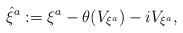
LaTeX: \begin{align*}{\hat{\xi}}^a:=\xi ^a -\theta(V_{\xi ^a})- iV_{\xi ^a},\end{align*}